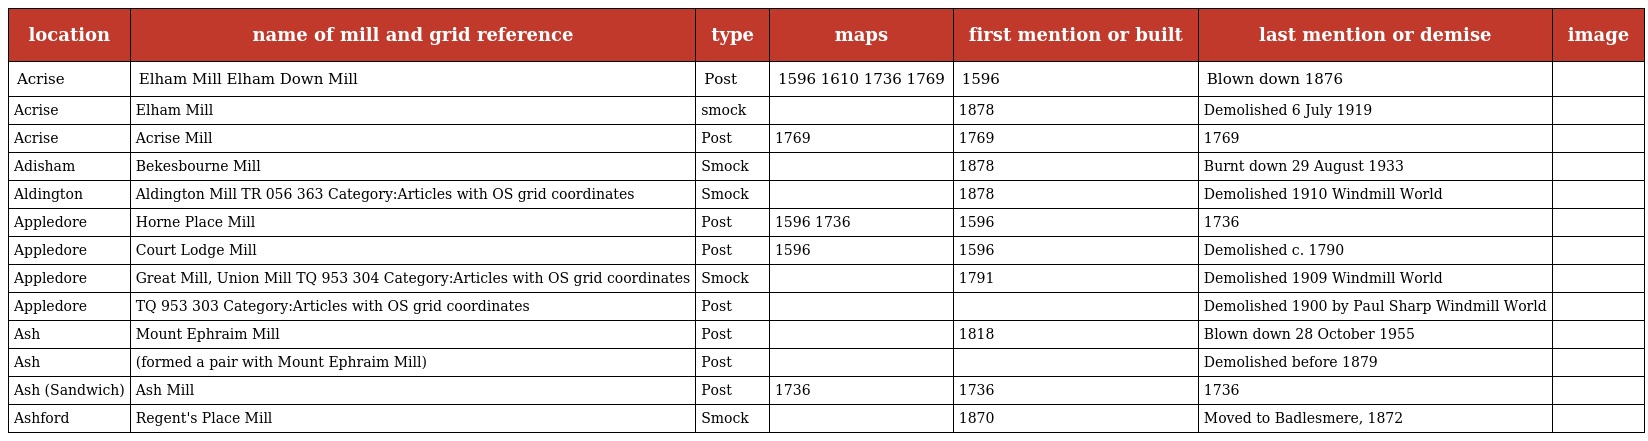
| location | name of mill and grid reference | type | maps | first mention or built | last mention or demise | image |
 | --- | --- | --- | --- | --- | --- | --- |
 | Acrise | Elham Mill Elham Down Mill | Post | 1596 1610 1736 1769 | 1596 | Blown down 1876 |  |
 | Acrise | Elham Mill | smock |  | 1878 | Demolished 6 July 1919 |  |
 | Acrise | Acrise Mill | Post | 1769 | 1769 | 1769 |  |
 | Adisham | Bekesbourne Mill | Smock |  | 1878 | Burnt down 29 August 1933 |  |
 | Aldington | Aldington Mill TR 056 363 Category:Articles with OS grid coordinates | Smock |  | 1878 | Demolished 1910 Windmill World |  |
 | Appledore | Horne Place Mill | Post | 1596 1736 | 1596 | 1736 |  |
 | Appledore | Court Lodge Mill | Post | 1596 | 1596 | Demolished c. 1790 |  |
 | Appledore | Great Mill, Union Mill TQ 953 304 Category:Articles with OS grid coordinates | Smock |  | 1791 | Demolished 1909 Windmill World |  |
 | Appledore | TQ 953 303 Category:Articles with OS grid coordinates | Post |  |  | Demolished 1900 by Paul Sharp Windmill World |  |
 | Ash | Mount Ephraim Mill | Post |  | 1818 | Blown down 28 October 1955 |  |
 | Ash | (formed a pair with Mount Ephraim Mill) | Post |  |  | Demolished before 1879 |  |
 | Ash (Sandwich) | Ash Mill | Post | 1736 | 1736 | 1736 |  |
 | Ashford | Regent's Place Mill | Smock |  | 1870 | Moved to Badlesmere, 1872 |  |